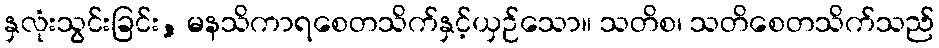
နှလုံးသွင်းခြင်း, မနသိကာရစေတသိက်နှင့်ယှဉ်သော။ သတိစ၊ သတိစေတသိက်သည်